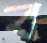
ব